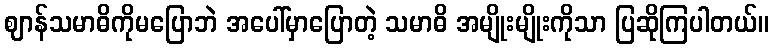
ဈာန်သမာဓိကိုမပြောဘဲ အပေါ်မှာပြောတဲ့ သမာဓိ အမျိုးမျိုးကိုသာ ပြဆိုကြပါတယ်။